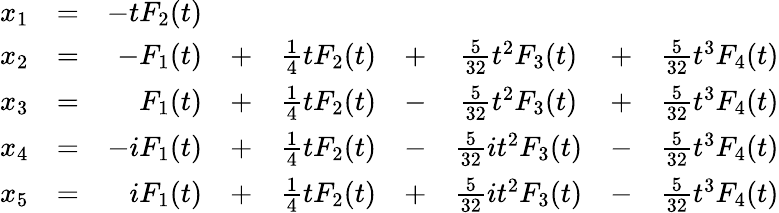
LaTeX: {\begin{array}{rcrcccccc}{x_{1}}&{=}&{-tF_{2}(t)}\\ {x_{2}}&{=}&{-F_{1}(t)}&{+}&{{\frac{1}{4}}tF_{2}(t)}&{+}&{{\frac{5}{32}}t^{2}F_{3}(t)}&{+}&{{\frac{5}{32}}t^{3}F_{4}(t)}\\ {x_{3}}&{=}&{F_{1}(t)}&{+}&{{\frac{1}{4}}tF_{2}(t)}&{-}&{{\frac{5}{32}}t^{2}F_{3}(t)}&{+}&{{\frac{5}{32}}t^{3}F_{4}(t)}\\ {x_{4}}&{=}&{-iF_{1}(t)}&{+}&{{\frac{1}{4}}tF_{2}(t)}&{-}&{{\frac{5}{32}}it^{2}F_{3}(t)}&{-}&{{\frac{5}{32}}t^{3}F_{4}(t)}\\ {x_{5}}&{=}&{iF_{1}(t)}&{+}&{{\frac{1}{4}}tF_{2}(t)}&{+}&{{\frac{5}{32}}it^{2}F_{3}(t)}&{-}&{{\frac{5}{32}}t^{3}F_{4}(t)}\end{array}}